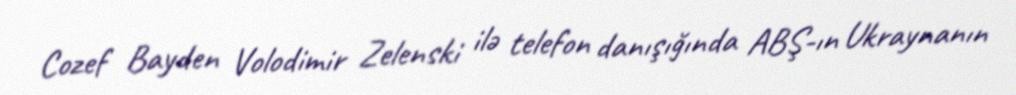
Cozef Bayden Volodimir Zelenski ilə telefon danışığında ABŞ-ın Ukraynanın